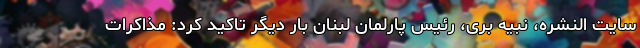
سایت النشره، نبیه بری، رئیس پارلمان لبنان بار دیگر تاکید کرد: مذاکرات